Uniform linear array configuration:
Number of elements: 32
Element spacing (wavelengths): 0.75
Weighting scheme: blackman
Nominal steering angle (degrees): -15
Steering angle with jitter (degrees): -15.272
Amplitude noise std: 0.05
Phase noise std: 0.05

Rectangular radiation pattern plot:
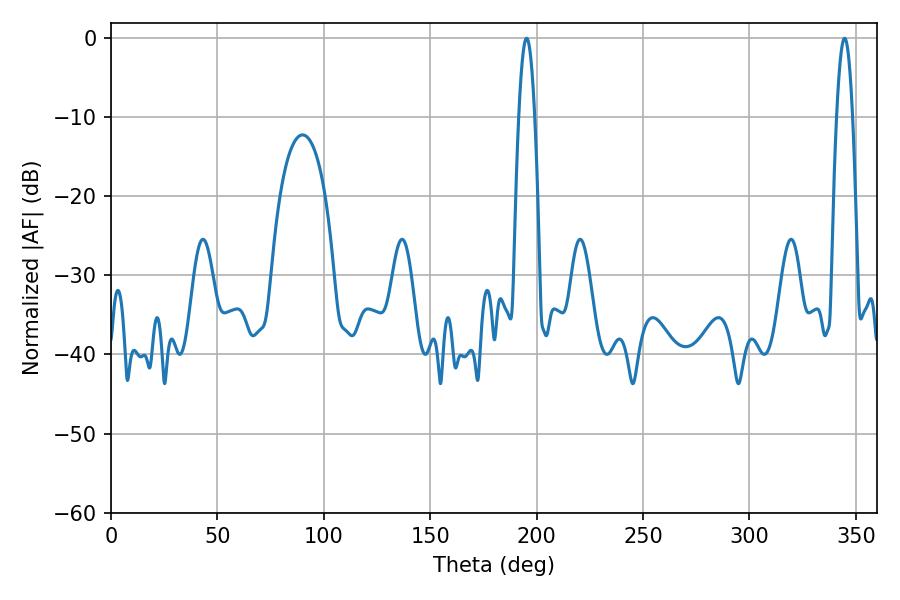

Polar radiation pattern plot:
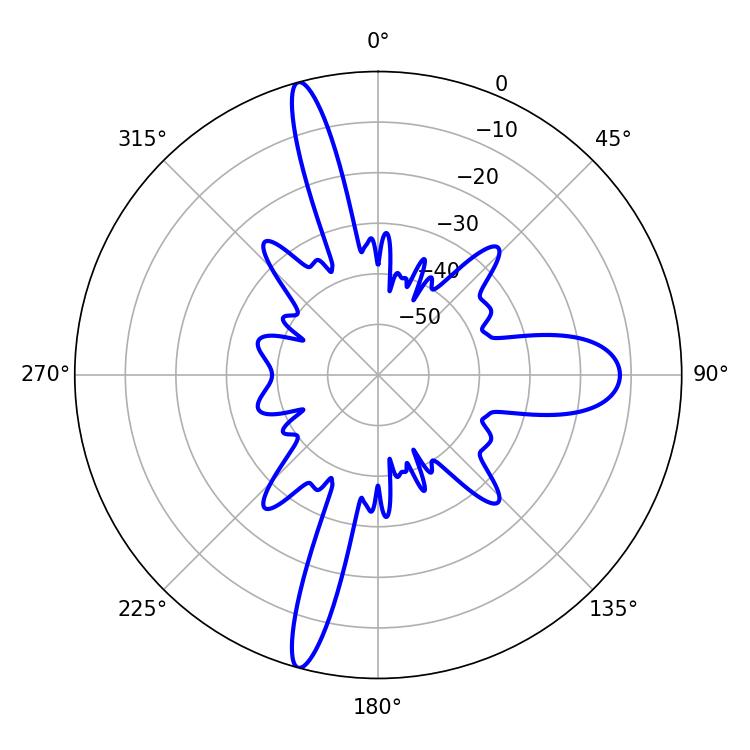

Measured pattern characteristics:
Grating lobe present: TRUE
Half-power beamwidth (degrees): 3.96
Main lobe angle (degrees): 195.3